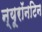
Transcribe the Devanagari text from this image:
न्यूरॉनटिन